Leprosy in India: report of the Leprosy Commission in India, 1890-91
Year: 1890
Disease focus: Leprosy
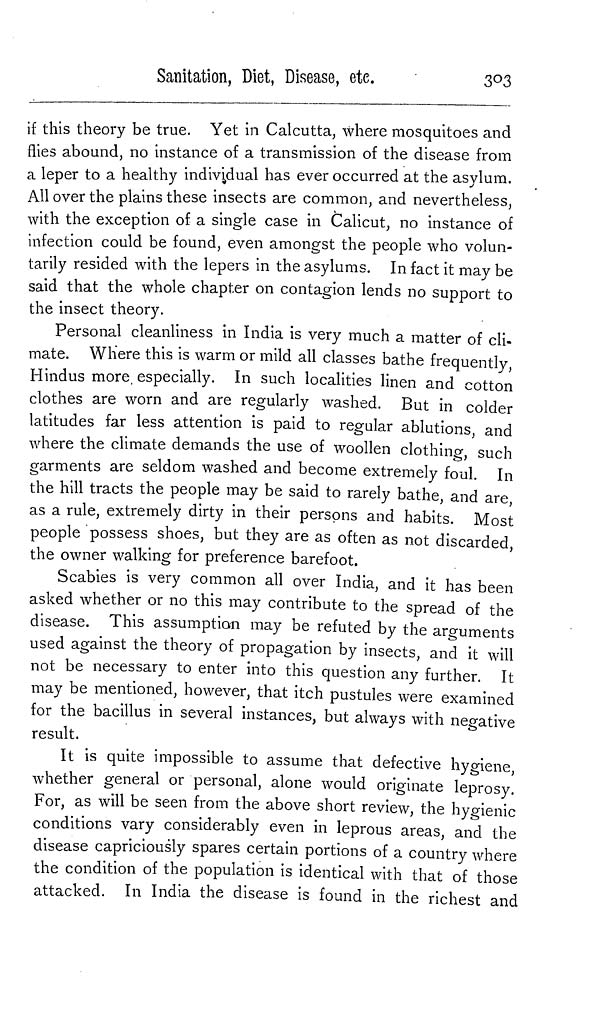
Sanitation, Diet, Disease, etc.
303
if this theory be true. Yet in Calcutta, where mosquitoes and
flies abound, no instance of a transmission of the disease from
a leper to a healthy individual has ever occurred at the asylum.
All over the plains these insects are common, and nevertheless,
with the exception of a single case in Calicut, no instance of
infection could be found, even amongst the people who volun-
tarily resided with the lepers in the asylums. In fact it may be
said that the whole chapter on contagion lends no support to
the insect theory.
Personal cleanliness in India is very much a matter of cli-
mate. Where this is warm or mild all classes bathe frequently,
Hindus more especially. In such localities linen and cotton
clothes are worn and are regularly washed. But in colder
latitudes far less attention is paid to regular ablutions, and
where the climate demands the use of woollen clothing, such
garments are seldom washed and become extremely foul. In
the hill tracts the people may be said to rarely bathe, and are,
as a rule, extremely dirty in their persons and habits. Most
people possess shoes, but they are as often as not discarded
the owner walking for preference barefoot.
Scabies is very common all over India, and it has been
asked whether or no this may contribute to the spread of the
disease. This assumption may be refuted by the arguments
used against the theory of propagation by insects, and it will
not be necessary to enter into this question any further. It
may be mentioned, however, that itch pustules were examined
for the bacillus in several instances, but always with negative
result.
It is quite impossible to assume that defective hygiene,
whether general or personal, alone would originate leprosy.
For, as will be seen from the above short review, the hygienic
conditions vary considerably even in leprous areas, and the
disease capriciously spares certain portions of a country where
the condition of the population is identical with that of those
attacked. In India the disease is found in the richest and